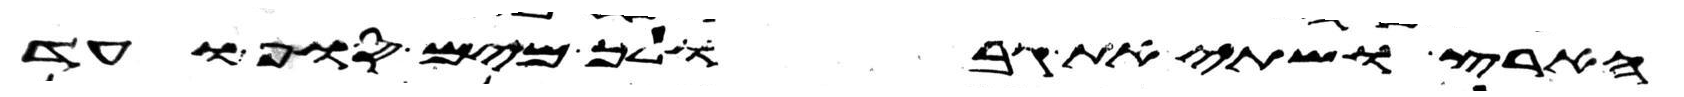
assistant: הארץ ושתי את גבולך מים סוף ועד